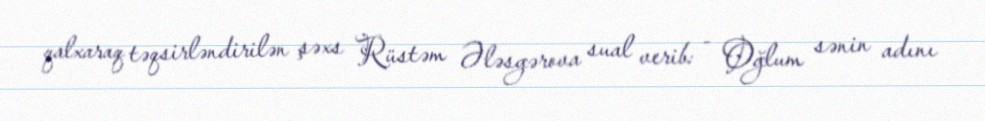
qalxaraq təqsirləndirilən şəxs Rüstəm Ələsgərova sual verib: - Oğlum sənin adını